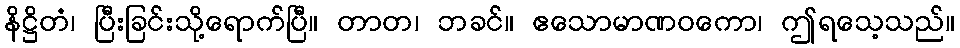
နိဋ္ဌိတံ၊ ပြီးခြင်းသို့ရောက်ပြီ။ တာတ၊ ဘခင်။ ဧသောမာဏဝကော၊ ဤရသေ့သည်။